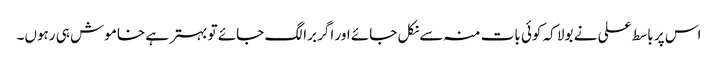
اس پر باسط علی نے بولا کہ کوئی بات منہ سے نکل جائے اور اگر برا لگ جائے تو بہتر ہے خاموش ہی رہوں۔